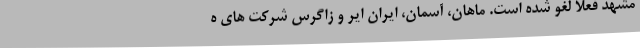
مشهد فعلا لغو شده است. ماهان، آسمان، ایران ایر و زاگرس شرکت های ه